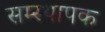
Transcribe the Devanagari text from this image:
सम्स्थापक